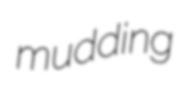
mudding